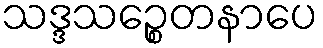
သဒ္ဒသဉ္စေတနာပေ